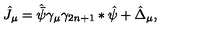
\hat { J } _ { \mu } = \hat { \bar { \psi } } \gamma _ { \mu } \gamma _ { 2 n + 1 } * \hat { \psi } + \hat { \Delta } _ { \mu } ,